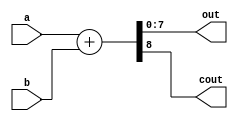
module adder(out,cout,a,b);

input [7:0] a,b;
output [7:0] out;
output cout;

assign #5 {cout,out} = a + b ;

endmodule